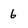
Character: 6